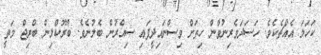
ކަހަލަ އެއްޗެކެވެ. ހަސަދަވެރިނުވާން ހިތަށް ވިސްނައިދީފައި ސިއްރުން ބެލުނެވެ. ބްރޫކްލިން ބްރިޖް މަތީ